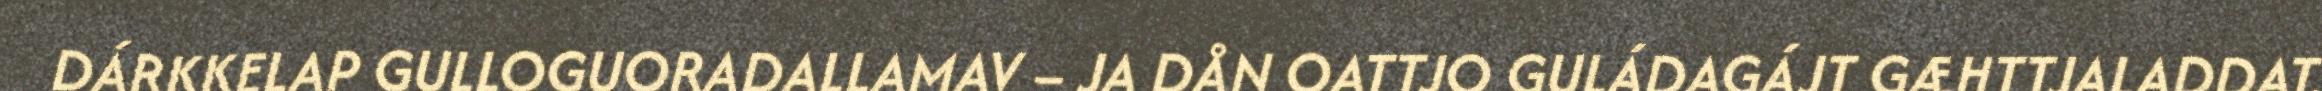
DÁRKKELAP GULLOGUORADALLAMAV – JA DÅN OATTJO GULÁDAGÁJT GÆHTTJALADDAT.